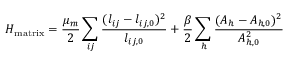
H _ { \mathrm { m a t r i x } } = \frac { \mu _ { m } } { 2 } \sum _ { i j } \frac { ( l _ { i j } - l _ { i j , 0 } ) ^ { 2 } } { l _ { i j , 0 } } + \frac { \beta } { 2 } \sum _ { h } \frac { ( A _ { h } - A _ { h , 0 } ) ^ { 2 } } { A _ { h , 0 } ^ { 2 } }